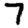
Digit: 7